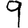
Digit: 9